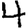
Digit: 4